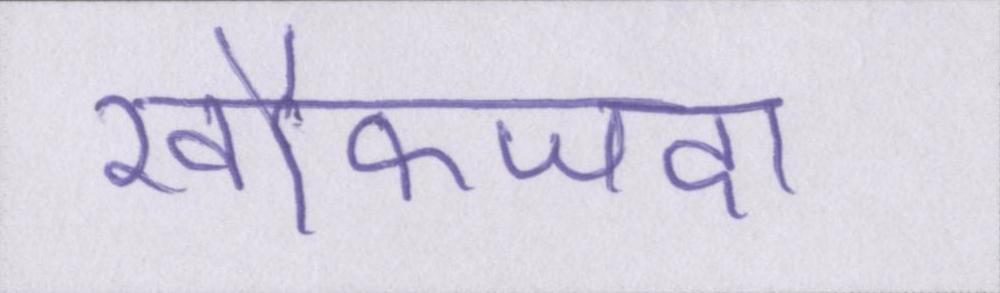
खौफजदा